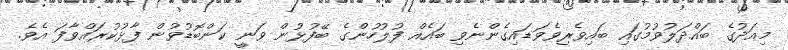
މިއަދުގެ ބައްދަލުވުމުގައި ބައިވެރިވެވަޑައިގެންނެވި ބައެއް ފުލުހުންގެ ބޭފުޅުން ވަނީ ކަންބޮޑުވުން ފާޅުކުރައްވާފަ އެވެ.